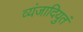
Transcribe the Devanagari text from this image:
व्यंजादियुतं